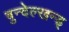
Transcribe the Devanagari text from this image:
बुन्देल्खन्ड्